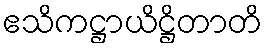
ဧသိကဋ္ဌာယိဋ္ဌိတာတိ